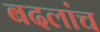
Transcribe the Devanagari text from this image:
बदलांच